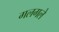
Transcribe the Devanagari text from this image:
गलगले